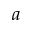
\boldsymbol { a }